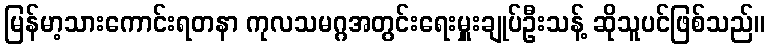
မြန်မာ့သားကောင်းရတနာ ကုလသမဂ္ဂအတွင်းရေးမှူးချုပ်ဦးသန့် ဆိုသူပင်ဖြစ်သည်။